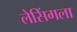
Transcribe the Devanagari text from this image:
लेसिंगला